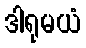
ဒါရုမယံ